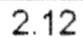
2.12